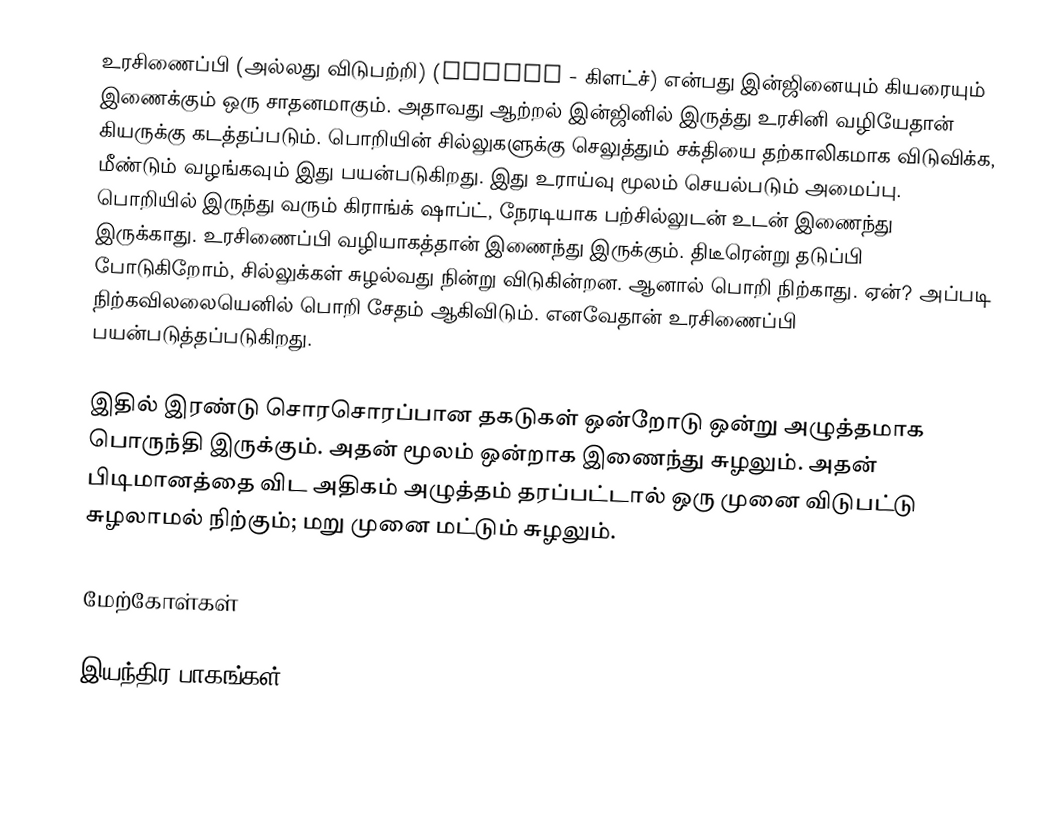
உரசிணைப்பி (அல்லது விடுபற்றி) (Clutch - கிளட்ச்) என்பது இன்ஜினையும் கியரையும் இணைக்கும் ஒரு சாதனமாகும். அதாவது ஆற்றல் இன்ஜினில் இருத்து உரசினி வழியேதான் கியருக்கு கடத்தப்படும். பொறியின் சில்லுகளுக்கு செலுத்தும் சக்தியை தற்காலிகமாக விடுவிக்க, மீண்டும் வழங்கவும் இது பயன்படுகிறது. இது உராய்வு மூலம் செயல்படும் அமைப்பு. பொறியில் இருந்து வரும் கிராங்க் ஷாப்ட், நேரடியாக பற்சில்லுடன் உடன் இணைந்து இருக்காது. உரசிணைப்பி வழியாகத்தான் இணைந்து இருக்கும். திடீரென்று தடுப்பி போடுகிறோம், சில்லுக்கள் சுழல்வது நின்று விடுகின்றன. ஆனால் பொறி நிற்காது. ஏன்? அப்படி நிற்கவிலலையெனில் பொறி சேதம் ஆகிவிடும். எனவேதான் உரசிணைப்பி பயன்படுத்தப்படுகிறது.

இதில் இரண்டு சொரசொரப்பான தகடுகள் ஒன்றோடு ஒன்று அழுத்தமாக பொருந்தி இருக்கும். அதன் மூலம் ஒன்றாக இணைந்து சுழலும். அதன் பிடிமானத்தை விட அதிகம் அழுத்தம் தரப்பட்டால் ஒரு முனை விடுபட்டு சுழலாமல் நிற்கும்; மறு முனை மட்டும் சுழலும்.

மேற்கோள்கள்

இயந்திர பாகங்கள்